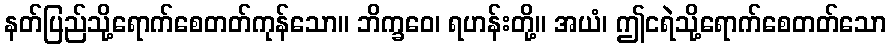
နတ်ပြည်သို့ရောက်စေတတ်ကုန်သော။ ဘိက္ခဝေ၊ ရဟန်းတို့။ အယံ၊ ဤငရဲသို့ရောက်စေတတ်သော